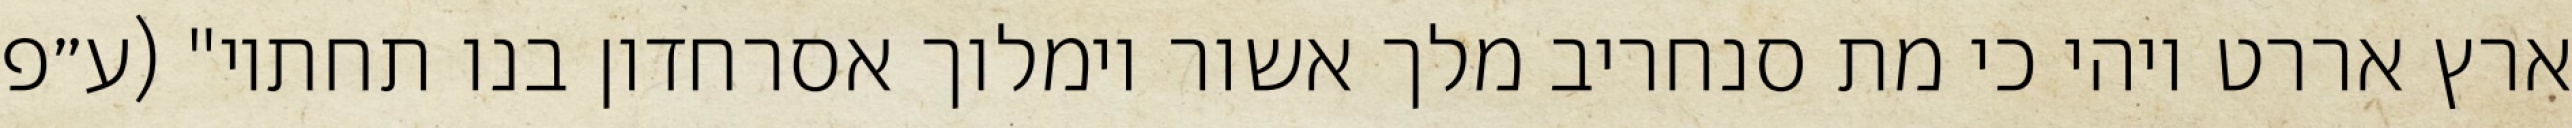
ארץ אררט ויהי כי מת סנחריב מלך אשור וימלוך אסרחדון בנו תחתיו" (ע״פ